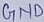
Text: GND